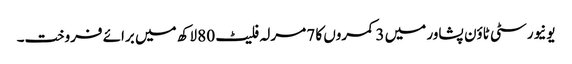
یونیورسٹی ٹاؤن پشاور میں 3 کمروں کا 7 مرلہ فلیٹ 80 لاکھ میں برائے فروخت۔